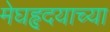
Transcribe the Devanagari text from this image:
मेघहृदयाच्या